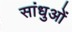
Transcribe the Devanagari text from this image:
सांधुओं